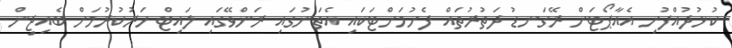
ކުޅުދުއްފުށި އެއާޕޯޓަށް ރޭގަނޑު ދަތުރުތައް ފެށުމަށްޓަކައި އެތަނުގައި ރަންވޭގައި ލައިޓް ހަރުކުރުމަށް ބެއިޖިން